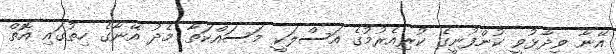
އޭނާ ވިދާޅުވީ ކުންފުނީގެ ކުރިއެރުމުގެ އަސްލަކީ މަސައްކަތާ މެދު އޭނާގެ ހިތުގައި އޮތް